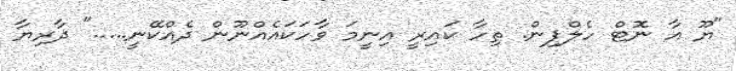
"ޔޫ އާ ނޮޓް ހެލްޕިން. ތިހާ ކައިރީ އިނީމަ ވާހަކައެއްނޫން ދެއްކޭނީ....." ދާރިޔާ